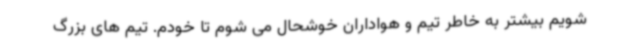
شویم بیشتر به خاطر تیم و هواداران خوشحال می شوم تا خودم. تیم های بزرگ